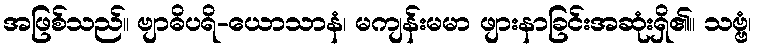
အဖြစ်သည်။ ဗျာဓိပရိ-ယောသာနံ၊ မကျန်းမမာ ဖျားနာခြင်းအဆုံးရှိ၏။ သဗ္ဗံ၊